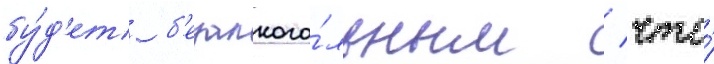
бу́д'ет б'езалкого́льным / что́